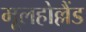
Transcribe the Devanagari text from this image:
मूलहोल्लैंड